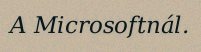
A Microsoftnál.